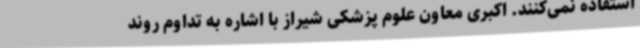
استفاده نمی‌کنند. اکبری معاون علوم پزشکی شیراز با اشاره به تداوم روند